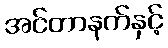
အင်တာနက်နှင့်